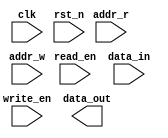
`ifdef DELAY_SRAM
`timescale 1ns/1ps
`endif
module RAM_DELTA_wrap #(
    parameter SRAM_DEPTH_BIT = 6,
    parameter SRAM_DEPTH = 2 ** SRAM_DEPTH_BIT,
    parameter SRAM_WIDTH = 28,
    parameter BYTES      = 2,
    parameter KEEP_DATA  = 0,
    parameter INIT_IF    = "no",
    parameter INIT_FILE  = ""
)(
    input  clk,
    input  rst_n,
    input  [SRAM_DEPTH_BIT -1 :0] addr_r, 
    input  [SRAM_DEPTH_BIT -1 :0] addr_w,
    input  read_en,
    input  write_en,
    input  [SRAM_WIDTH     -1 :0] data_in,
    output [SRAM_WIDTH     -1 :0] data_out
);

// ******************************************************************
// INSTANTIATIONS
// ******************************************************************
`ifdef SYNTH_MINI
reg [SRAM_WIDTH  - 1 : 0]mem[0 : SRAM_DEPTH - 1];
reg [SRAM_WIDTH  - 1 : 0]data_out_reg;
initial begin
  if (INIT_IF == "yes") begin
    $readmemh(INIT_FILE, mem, 0, SRAM_DEPTH-1);
  end
end

always @(posedge clk) begin
    if (read_en) begin
        data_out_reg <= mem[addr_r];
    end
end
assign data_out = data_out_reg;

always @(posedge clk) begin
    if (write_en) begin
        mem[addr_w] <= data_in;
    end
end

`else

wire [SRAM_DEPTH_BIT - 1 : 0] Addr = write_en ? addr_w : addr_r;

// ******************* Delay for sim ********************************************
wire [ SRAM_DEPTH_BIT          -1 : 0] A;
wire [ SRAM_WIDTH              -1 : 0] DI;
wire [ BYTES                   -1 : 0] WEB;
wire                                   CSB;
wire [ SRAM_WIDTH              -1 : 0] DO;

// delay 1/2 clock period
`ifdef DELAY_SRAM
`define CLOCK_PERIOD_ASIC 10
    assign #(`CLOCK_PERIOD_ASIC/2) A = Addr;
    assign #(`CLOCK_PERIOD_ASIC/2) DI = data_in[SRAM_WIDTH -1 : 0];
    assign #(`CLOCK_PERIOD_ASIC/2) WEB= ~write_en ? {BYTES{1'b1}} : {BYTES{1'b0}};
    assign #(`CLOCK_PERIOD_ASIC/2) CSB = (~write_en)&(~read_en);
`else
    assign  A   = Addr;
    assign  DI  = data_in[SRAM_WIDTH -1 : 0];
    assign  WEB = ~write_en ? {BYTES{1'b1}} : {BYTES{1'b0}};
    assign  CSB = (~write_en)&(~read_en);
`endif

generate 
    if( KEEP_DATA == 1 )begin : RAM_DO_BLOCK
        reg [ SRAM_WIDTH -1 : 0] DO_d;
        reg read_en_d;
        always @( posedge clk) begin
            if( read_en_d )                     
                DO_d <= DO;
        end
        always @ ( posedge clk or negedge rst_n )begin
            if( ~rst_n )
                read_en_d <= 'd0;
            else 
                read_en_d <= read_en;
        end
        
        assign data_out = read_en_d ? DO : DO_d;
    
    end
    else begin
        assign data_out = DO;
    end
endgenerate

// ******************************************************************************
genvar gen_i;
generate
    if( SRAM_DEPTH_BIT == 6 && SRAM_WIDTH == 128 ) begin
        SYLA55_64X32X4CM2 RAM_DELTA0(
            .A       (  A     ),
            .DO      (  DO    ),
            .DI      (  DI    ),
            .DVSE    (  1'b0  ),
            .DVS     (  4'b0  ),
            .WEB     (  WEB   ),
            .CK      (  clk   ),
            .CSB     (  CSB   )
       );
    end
    else if( SRAM_DEPTH_BIT == 8 && SRAM_WIDTH == 8 ) begin
        SYLA55_256X8X1CM4 RAM_DELTA1(
            .A       (  A     ),
            .DO      (  DO    ),
            .DI      (  DI    ),
            .DVSE    (  1'b0  ),
            .DVS     (  4'b0  ),
            .WEB     (  WEB   ),
            .CK      (  clk   ),
            .CSB     (  CSB   )
       );
    end     
    else if( SRAM_DEPTH_BIT == 8 && SRAM_WIDTH == 128 ) begin
        SYLA55_256X32X4CM2 RAM_DELTA2(
            .A       (  A     ),
            .DO      (  DO    ),
            .DI      (  DI    ),
            .DVSE    (  1'b0  ),
            .DVS     (  4'b0  ),
            .WEB     (  WEB   ),
            .CK      (  clk   ),
            .CSB     (  CSB   )
       );
    end

endgenerate

`endif

endmodule